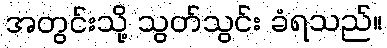
အတွင်းသို့ သွတ်သွင်း ခံရသည်။